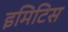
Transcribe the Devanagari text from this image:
इमिटिस